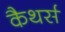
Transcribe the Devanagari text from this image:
कैथर्स